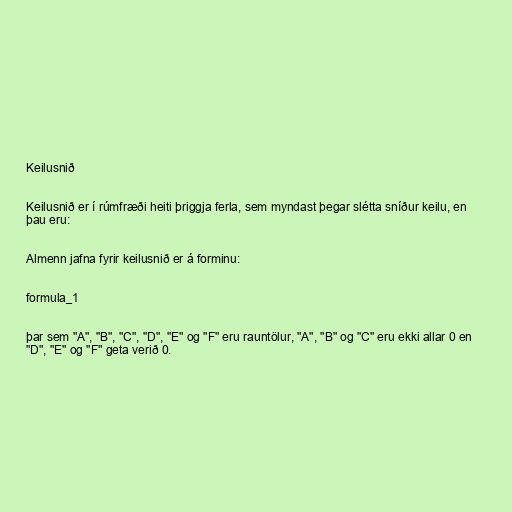
Keilusnið

Keilusnið er í rúmfræði heiti þriggja ferla, sem myndast þegar slétta sníður keilu, en
þau eru:

Almenn jafna fyrir keilusnið er á forminu:

formula_1

þar sem "A", "B", "C", "D", "E" og "F" eru rauntölur, "A", "B" og "C" eru ekki allar 0 en
"D", "E" og "F" geta verið 0.